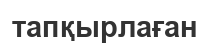
тапқырлаған